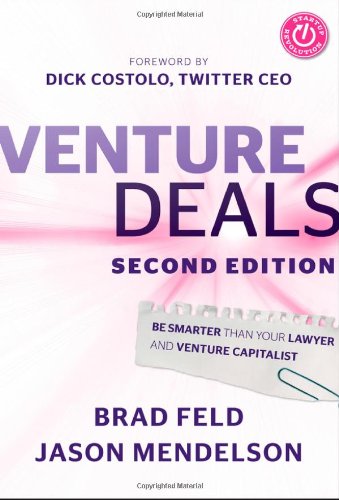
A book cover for Venture Deals: Be Smarter Than Your Lawyer and Venture Capitalist; Brad Feld; Business & Money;